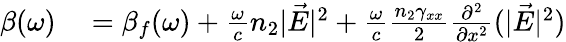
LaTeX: \begin{array}{rl}{\beta(\omega)}&{{}=\beta_{f}(\omega)+\frac{\omega}{c}n_{2}|\vec{E}|^{2}+\frac{\omega}{c}\frac{n_{2}\gamma_{xx}}{2}\frac{\partial^{2}}{\partial x^{2}}(|\vec{E}|^{2})}\end{array}